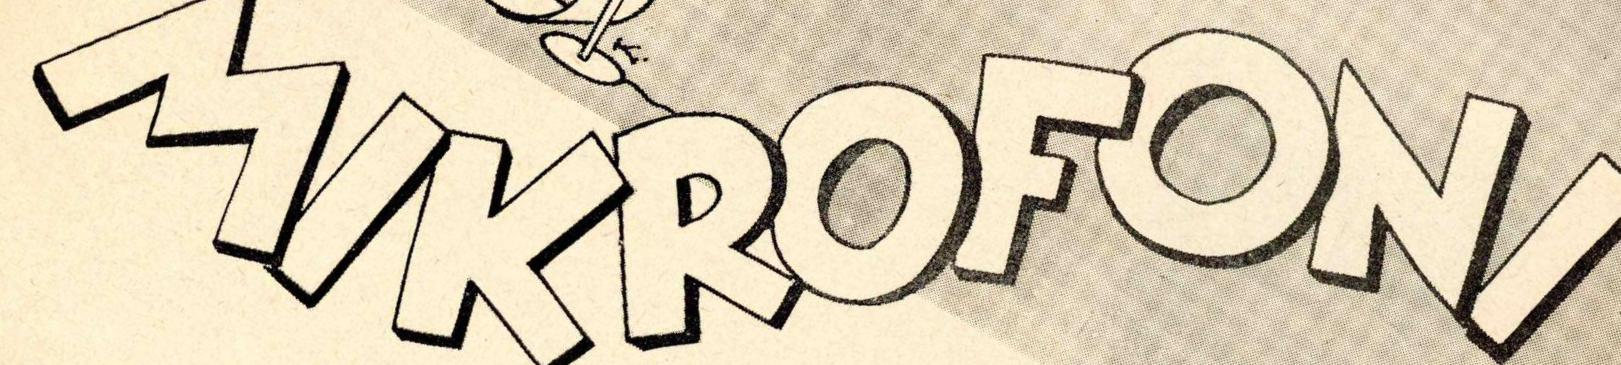
MIKROFONI